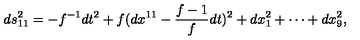
d s _ { 1 1 } ^ { 2 } = - f ^ { - 1 } d t ^ { 2 } + f ( d x ^ { 1 1 } - \frac { f - 1 } { f } d t ) ^ { 2 } + d x _ { 1 } ^ { 2 } + \cdots + d x _ { 9 } ^ { 2 } ,